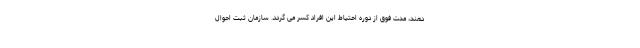
دهند، مدت فوق از دوره احتیاط این افراد کسر می گردد. سازمان ثبت احوال